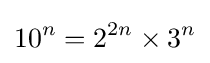
10^{n}=2^{2n}\times 3^{n}